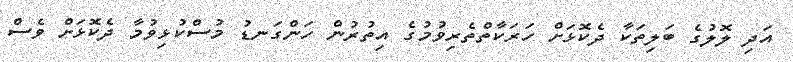
އަދި ލޮލުގެ ބަލިތަކާ ދެކޮޅަށް ހަރަކާތްތެރިވުމުގެ އިތުރުން ހަންގަނޑު މުސްކުޅިވުމާ ދެކޮޅަށް ވެސް